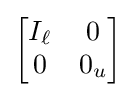
{\begin{bmatrix}I_{\ell }&0\\0&0_{u}\end{bmatrix}}